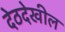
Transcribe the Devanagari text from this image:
देठदेखील